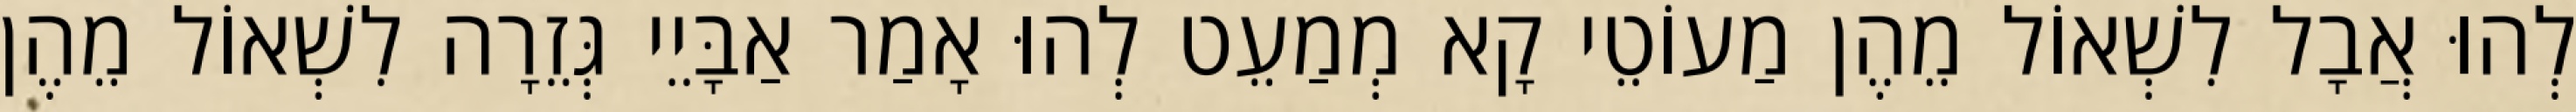
לְהוּ אֲבָל לִשְׁאוֹל מֵהֶן מַעוֹטֵי קָא מְמַעֵט לְהוּ אָמַר אַבָּיֵי גְּזֵרָה לִשְׁאוֹל מֵהֶן